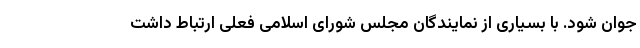
جوان شود. با بسیاری از نمایندگان مجلس شورای اسلامی فعلی ارتباط داشت